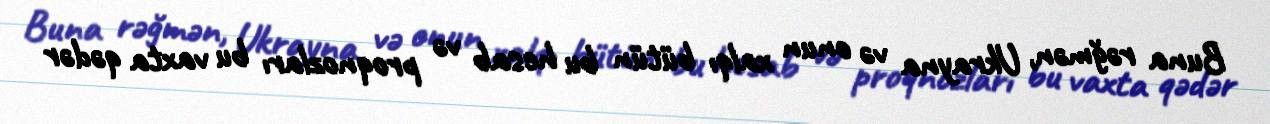
Buna rəğmən, Ukrayna və onun xalqı bütün bu hesab və proqnozları bu vaxta qədər